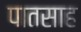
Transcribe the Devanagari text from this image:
पातसाह